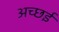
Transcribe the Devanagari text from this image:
अच्छई